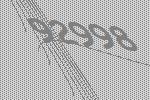
92998